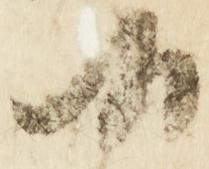
候